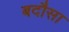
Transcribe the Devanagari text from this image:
बदौसा